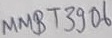
Text: MMBT3906